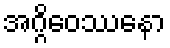
အဂ္ဂိဝေဿနော